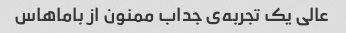
عالی یک تجربه‌ی جداب ممنون از باماهاس